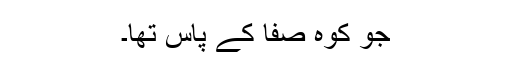
جو کوہِ صفا کے پاس تھا۔